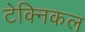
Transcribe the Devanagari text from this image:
टेक्‍िनकल